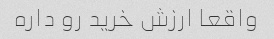
واقعا ارزش خرید رو داره